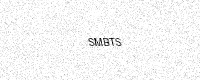
Text: SMBTS